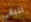
لنبقي